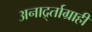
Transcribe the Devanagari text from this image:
अनार्द्र्ताग्राही